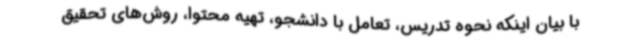
با بیان اینکه نحوه تدریس، تعامل با دانشجو، تهیه محتوا، روش‌های تحقیق